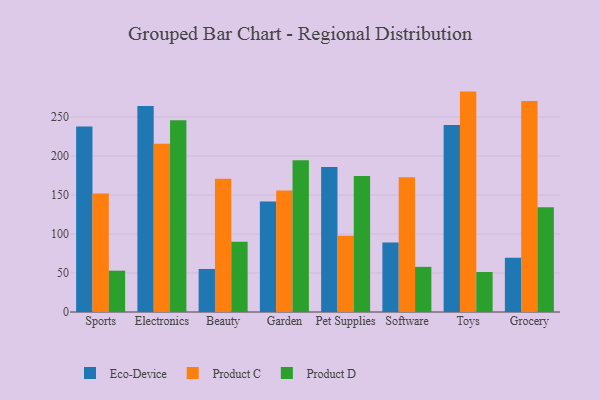
{"axis": {"x": "Category", "y": "Energy Usage (MWh)"}, "legend": ["Eco-Device", "Product C", "Product D"], "data": [{"x": "Sports", "y": 238.0, "type": "Eco-Device"}, {"x": "Sports", "y": 152.0, "type": "Product C"}, {"x": "Sports", "y": 53.0, "type": "Product D"}, {"x": "Electronics", "y": 264.1, "type": "Eco-Device"}, {"x": "Electronics", "y": 215.8, "type": "Product C"}, {"x": "Electronics", "y": 245.8, "type": "Product D"}, {"x": "Beauty", "y": 55.2, "type": "Eco-Device"}, {"x": "Beauty", "y": 170.9, "type": "Product C"}, {"x": "Beauty", "y": 90.1, "type": "Product D"}, {"x": "Garden", "y": 141.8, "type": "Eco-Device"}, {"x": "Garden", "y": 155.8, "type": "Product C"}, {"x": "Garden", "y": 194.5, "type": "Product D"}, {"x": "Pet Supplies", "y": 186.1, "type": "Eco-Device"}, {"x": "Pet Supplies", "y": 97.8, "type": "Product C"}, {"x": "Pet Supplies", "y": 174.5, "type": "Product D"}, {"x": "Software", "y": 89.1, "type": "Eco-Device"}, {"x": "Software", "y": 172.9, "type": "Product C"}, {"x": "Software", "y": 57.9, "type": "Product D"}, {"x": "Toys", "y": 239.7, "type": "Eco-Device"}, {"x": "Toys", "y": 282.7, "type": "Product C"}, {"x": "Toys", "y": 51.3, "type": "Product D"}, {"x": "Grocery", "y": 69.5, "type": "Eco-Device"}, {"x": "Grocery", "y": 270.8, "type": "Product C"}, {"x": "Grocery", "y": 134.4, "type": "Product D"}]}